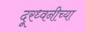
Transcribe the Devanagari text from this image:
दूरध्वनीच्या